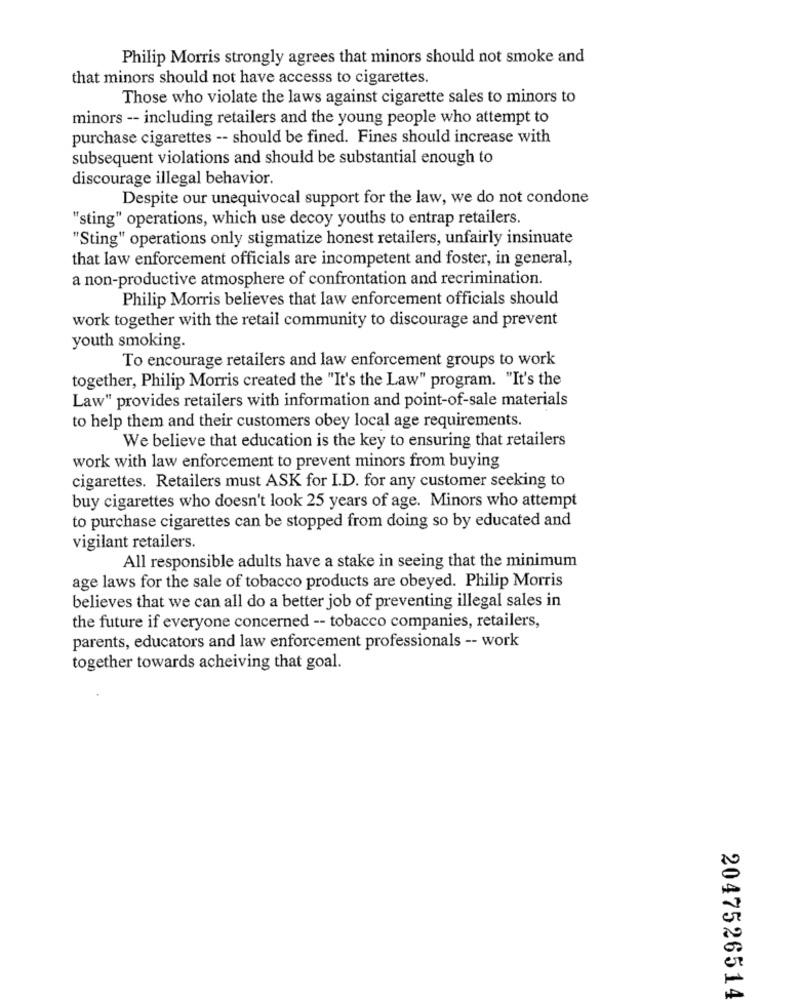
Philip Morris strongly agrees that minors should not smoke and
that minors should not have accesss to cigarettes.
Those who violate the laws against cigarette sales to minors to
minors -- including retailers and the young people who attempt to
purchase cigarettes -- should be fined. Fines should increase with
subsequent violations and should be substantial enough to
discourage illegal behavior.
Despite our unequivocal support for the law, we do not condone
"sting" operations, which use decoy youths to entrap retailers.
"Sting" operations only stigmatize honest retailers, unfairly insinuate
that law enforcement officials are incompetent and foster, in general,
a non-productive atmosphere of confrontation and recrimination.
Philip Morris believes that law enforcement officials should
work together with the retail community to discourage and prevent
youth smoking.
To encourage retailers and law enforcement groups to work
together, Philip Morris created the "It's the Law" program. "It's the
Law" provides retailers with information and point-of-sale materials
to help them and their customers obey local age requirements.
We believe that education is the key to ensuring that retailers
work with law enforcement to prevent minors from buying
cigarettes. Retailers must ASK for I.D. for any customer seeking to
buy cigarettes who doesn't look 25 years of age. Minors who attempt
to purchase cigarettes can be stopped from doing so by educated and
vigilant retailers.
All responsible adults have a stake in seeing that the minimum
age laws for the sale of tobacco products are obeyed. Philip Morris
believes that we can all do a better job of preventing illegal sales in
the future if everyone concerned -- tobacco companies, retailers,
parents, educators and law enforcement professionals -- work
together towards acheiving that goal.
2047526514